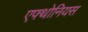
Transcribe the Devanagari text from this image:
एफ्थोनियस